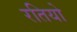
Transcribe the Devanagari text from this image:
रतियो